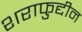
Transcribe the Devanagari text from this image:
शराफुद्दीन